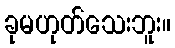
ခုမဟုတ်သေးဘူး။